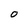
Character: O